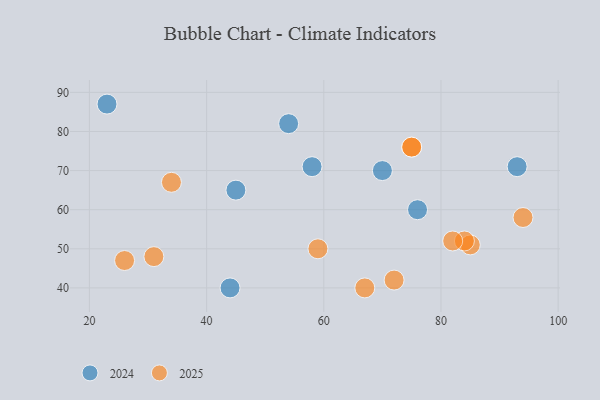
{"axis": {"x": "GDP", "y": "Life Expectancy"}, "legend": ["2024", "2025"], "data": [{"x": "44", "y": 40, "type": "2024"}, {"x": "58", "y": 71, "type": "2024"}, {"x": "70", "y": 70, "type": "2024"}, {"x": "93", "y": 71, "type": "2024"}, {"x": "54", "y": 82, "type": "2024"}, {"x": "23", "y": 87, "type": "2024"}, {"x": "76", "y": 60, "type": "2024"}, {"x": "45", "y": 65, "type": "2024"}, {"x": "85", "y": 51, "type": "2025"}, {"x": "84", "y": 52, "type": "2025"}, {"x": "75", "y": 76, "type": "2025"}, {"x": "26", "y": 47, "type": "2025"}, {"x": "82", "y": 52, "type": "2025"}, {"x": "75", "y": 76, "type": "2025"}, {"x": "59", "y": 50, "type": "2025"}, {"x": "34", "y": 67, "type": "2025"}, {"x": "67", "y": 40, "type": "2025"}, {"x": "31", "y": 48, "type": "2025"}, {"x": "94", "y": 58, "type": "2025"}, {"x": "72", "y": 42, "type": "2025"}]}